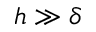
h \gg \delta